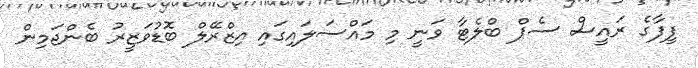
ފީފާގެ ރައީސް ސެޕް ބްލެޓާ ވަނީ މި މައްސަލައިގައި އިޒްރޭލް ބޮޑުވަޒީރު ބެންޖަމިން